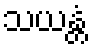
သယန္တံ